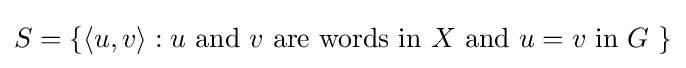
S=\{\langle u,v\rangle :u{\text{ and }}v{\text{ are words in }}X{\text{ and }}u=v{\text{ in }}G\ \}